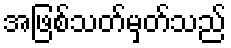
အဖြစ်သတ်မှတ်သည်